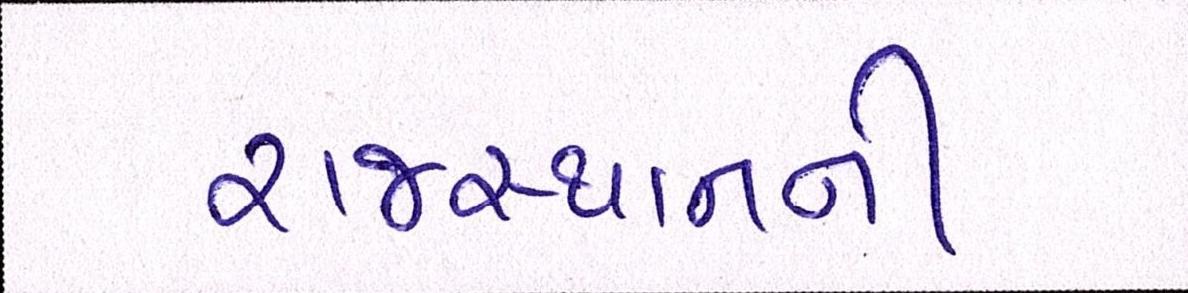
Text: રાજસ્થાનની